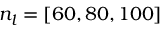
n _ { l } = [ 6 0 , 8 0 , 1 0 0 ]